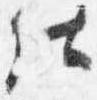
仕